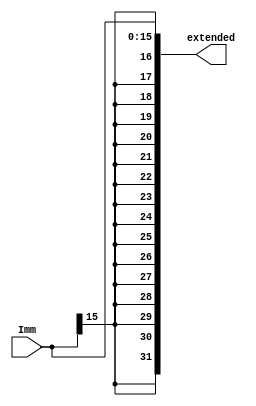
module sign_extend(
    input [15:0] Imm,
    output reg [31:0] extended
    );

    always @(*) begin
        extended[31:0] <= { {16{Imm[15]}}, Imm[15:0]};
    end

endmodule